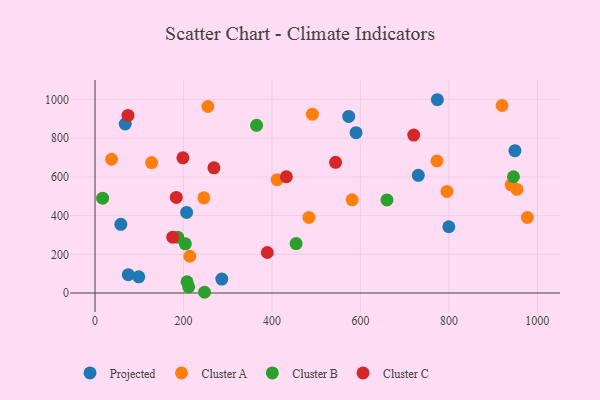
{"axis": {"x": "Speed", "y": "Fuel Efficiency"}, "legend": ["Cluster A", "Cluster B", "Cluster C", "Projected"], "data": [{"x": "590.1", "y": 828.2, "type": "Projected"}, {"x": "58.3", "y": 354.6, "type": "Projected"}, {"x": "75.2", "y": 94.6, "type": "Projected"}, {"x": "573.5", "y": 912.1, "type": "Projected"}, {"x": "286.6", "y": 71.9, "type": "Projected"}, {"x": "773.9", "y": 998.5, "type": "Projected"}, {"x": "949.3", "y": 735.2, "type": "Projected"}, {"x": "799.8", "y": 342.3, "type": "Projected"}, {"x": "98.9", "y": 83.8, "type": "Projected"}, {"x": "207.1", "y": 416.2, "type": "Projected"}, {"x": "68.3", "y": 873.0, "type": "Projected"}, {"x": "730.8", "y": 608.0, "type": "Projected"}, {"x": "255.2", "y": 963.5, "type": "Cluster A"}, {"x": "581.3", "y": 481.2, "type": "Cluster A"}, {"x": "37.3", "y": 690.9, "type": "Cluster A"}, {"x": "483.5", "y": 390.4, "type": "Cluster A"}, {"x": "920.2", "y": 968.7, "type": "Cluster A"}, {"x": "411.7", "y": 585.4, "type": "Cluster A"}, {"x": "953.8", "y": 535.3, "type": "Cluster A"}, {"x": "246.0", "y": 491.5, "type": "Cluster A"}, {"x": "795.6", "y": 524.9, "type": "Cluster A"}, {"x": "214.3", "y": 189.8, "type": "Cluster A"}, {"x": "127.9", "y": 673.9, "type": "Cluster A"}, {"x": "940.7", "y": 558.7, "type": "Cluster A"}, {"x": "773.0", "y": 682.5, "type": "Cluster A"}, {"x": "977.4", "y": 390.3, "type": "Cluster A"}, {"x": "491.4", "y": 923.6, "type": "Cluster A"}, {"x": "211.7", "y": 31.7, "type": "Cluster B"}, {"x": "17.2", "y": 489.9, "type": "Cluster B"}, {"x": "208.0", "y": 58.3, "type": "Cluster B"}, {"x": "946.0", "y": 600.7, "type": "Cluster B"}, {"x": "204.1", "y": 253.9, "type": "Cluster B"}, {"x": "247.6", "y": 3.8, "type": "Cluster B"}, {"x": "660.0", "y": 481.1, "type": "Cluster B"}, {"x": "186.9", "y": 288.5, "type": "Cluster B"}, {"x": "454.6", "y": 255.6, "type": "Cluster B"}, {"x": "365.2", "y": 866.3, "type": "Cluster B"}, {"x": "432.5", "y": 600.7, "type": "Cluster C"}, {"x": "543.8", "y": 675.0, "type": "Cluster C"}, {"x": "183.7", "y": 494.0, "type": "Cluster C"}, {"x": "74.5", "y": 917.4, "type": "Cluster C"}, {"x": "720.5", "y": 815.8, "type": "Cluster C"}, {"x": "198.7", "y": 698.2, "type": "Cluster C"}, {"x": "175.7", "y": 288.7, "type": "Cluster C"}, {"x": "268.8", "y": 646.6, "type": "Cluster C"}, {"x": "389.5", "y": 209.3, "type": "Cluster C"}]}